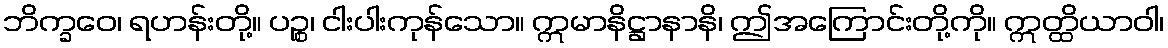
ဘိက္ခဝေ၊ ရဟန်းတို့။ ပဉ္စ၊ ငါးပါးကုန်သော။ ဣမာနိဋ္ဌာနာနိ၊ ဤအကြောင်းတို့ကို။ ဣတ္ထိယာဝါ၊